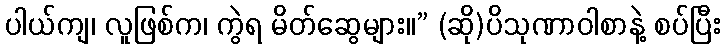
ပါယ်ကျ၊ လူဖြစ်က၊ ကွဲရ မိတ်ဆွေများ။” (ဆို)ပိသုဏာဝါစာနဲ့ စပ်ပြီး